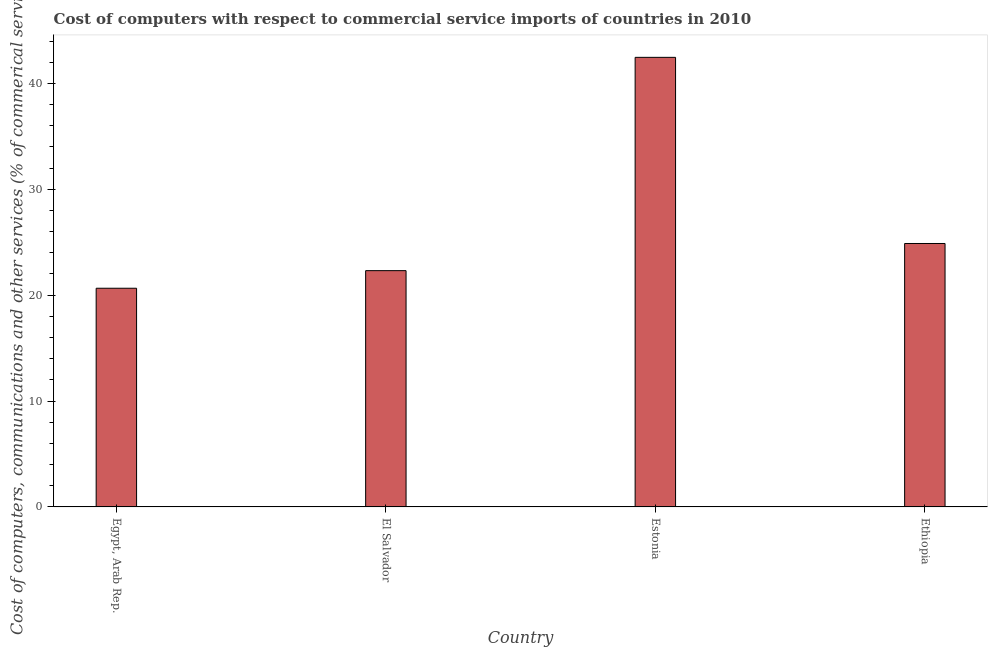
| Country | Computer |
 | --- | --- |
 | Egypt, Arab Rep. | 20.7 |
 | El Salvador | 22.3 |
 | Estonia | 42.5 |
 | Ethiopia | 24.9 |